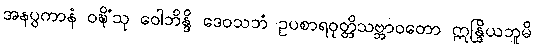
အနပ္ပကာနံ ဝဍ္ဎိံသု ဝေါဘိန္ဒိ ဒေဝသဘံ ဥပစာရဝုတ္တိသဗ္ဘာဝတော ဣန္ဒြိယဘူမိ